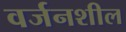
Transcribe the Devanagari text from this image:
वर्जनशील